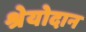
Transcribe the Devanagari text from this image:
श्रेयोदान